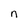
Character: n